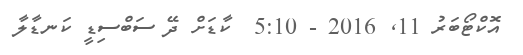
އޮކްޓޯބަރު 11